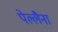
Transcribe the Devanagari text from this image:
पेल्लैना